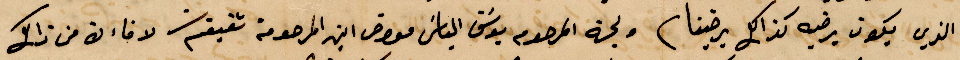
والذي يكون يرضيه كذلك يرضينا ولجهة المرحوم يوسف الناش معوض ابن المرحومة شقيقة لا فاء من ذلك